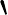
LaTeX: \backprime